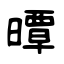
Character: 曋